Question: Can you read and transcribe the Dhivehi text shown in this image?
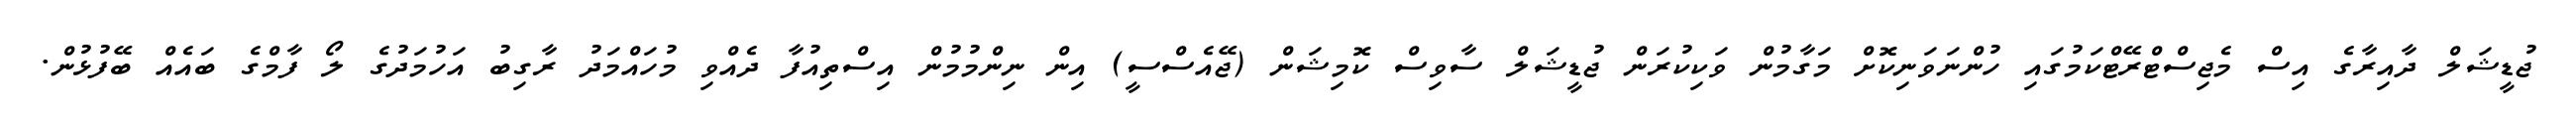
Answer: ޖުޑީޝަލް ދާއިރާގެ އިސް މެޖިސްޓްރޭޓްކަމުގައި ހުންނަވަނިކޮށް މަގާމުން ވަކިކުރަން ޖުޑީޝަލް ސާވިސް ކޮމިޝަން (ޖޭއެސްސީ) އިން ނިންމުމުން އިސްތިއުފާ ދެއްވި މުހައްމަދު ރާގިބު އަހުމަދުގެ ލޯ ފާމްގެ ބައެއް ބޭފުޅުން.